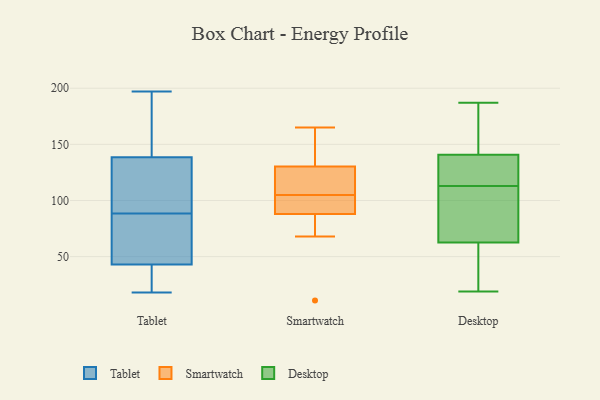
{"axis": {"x": "Population (Million)", "y": "Value"}, "legend": ["Desktop", "Smartwatch", "Tablet"], "data": [{"x": "", "y": 91, "type": "Tablet"}, {"x": "", "y": 197, "type": "Tablet"}, {"x": "", "y": 49, "type": "Tablet"}, {"x": "", "y": 93, "type": "Tablet"}, {"x": "", "y": 109, "type": "Tablet"}, {"x": "", "y": 18, "type": "Tablet"}, {"x": "", "y": 79, "type": "Tablet"}, {"x": "", "y": 37, "type": "Tablet"}, {"x": "", "y": 183, "type": "Tablet"}, {"x": "", "y": 24, "type": "Tablet"}, {"x": "", "y": 61, "type": "Tablet"}, {"x": "", "y": 86, "type": "Tablet"}, {"x": "", "y": 140, "type": "Tablet"}, {"x": "", "y": 37, "type": "Tablet"}, {"x": "", "y": 192, "type": "Tablet"}, {"x": "", "y": 137, "type": "Tablet"}, {"x": "", "y": 146, "type": "Smartwatch"}, {"x": "", "y": 105, "type": "Smartwatch"}, {"x": "", "y": 165, "type": "Smartwatch"}, {"x": "", "y": 121, "type": "Smartwatch"}, {"x": "", "y": 124, "type": "Smartwatch"}, {"x": "", "y": 85, "type": "Smartwatch"}, {"x": "", "y": 97, "type": "Smartwatch"}, {"x": "", "y": 125, "type": "Smartwatch"}, {"x": "", "y": 93, "type": "Smartwatch"}, {"x": "", "y": 89, "type": "Smartwatch"}, {"x": "", "y": 11, "type": "Smartwatch"}, {"x": "", "y": 157, "type": "Smartwatch"}, {"x": "", "y": 68, "type": "Smartwatch"}, {"x": "", "y": 47, "type": "Desktop"}, {"x": "", "y": 57, "type": "Desktop"}, {"x": "", "y": 120, "type": "Desktop"}, {"x": "", "y": 106, "type": "Desktop"}, {"x": "", "y": 185, "type": "Desktop"}, {"x": "", "y": 125, "type": "Desktop"}, {"x": "", "y": 99, "type": "Desktop"}, {"x": "", "y": 167, "type": "Desktop"}, {"x": "", "y": 85, "type": "Desktop"}, {"x": "", "y": 187, "type": "Desktop"}, {"x": "", "y": 165, "type": "Desktop"}, {"x": "", "y": 19, "type": "Desktop"}, {"x": "", "y": 79, "type": "Desktop"}, {"x": "", "y": 128, "type": "Desktop"}, {"x": "", "y": 37, "type": "Desktop"}, {"x": "", "y": 126, "type": "Desktop"}, {"x": "", "y": 49, "type": "Desktop"}, {"x": "", "y": 113, "type": "Desktop"}, {"x": "", "y": 145, "type": "Desktop"}]}